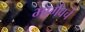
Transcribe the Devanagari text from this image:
भार्गवचे